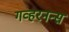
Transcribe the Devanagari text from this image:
गव्हरनन्स